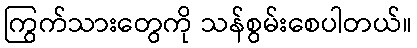
ကြွက်သားတွေကို သန်စွမ်းစေပါတယ်။